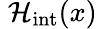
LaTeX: \; {\mathcal{H}}_{\mathrm{{int}}}(x)